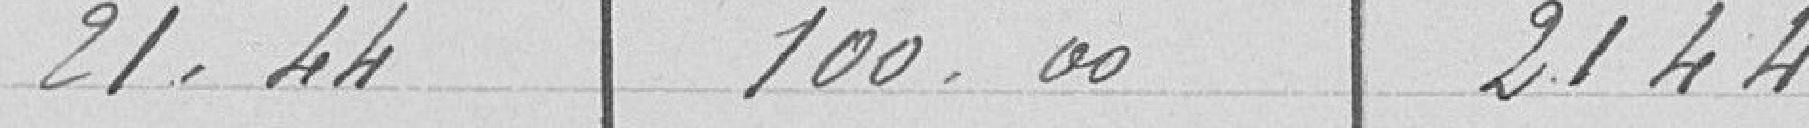
21,44  100,00  2 144